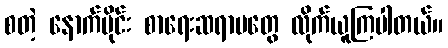
စတဲ့ နောက်ပိုင်း စာရေးဆရာမတွေ လိုက်ယူကြပါတယ်။